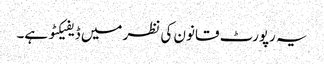
یہ رپورٹ قانون کی نظر میں ڈیفیکٹو ہے۔